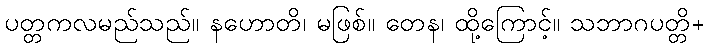
ပတ္တကလမည်သည်။ နဟောတိ၊ မဖြစ်။ တေန၊ ထို့ကြောင့်။ သဘာဂပတ္တိ+